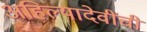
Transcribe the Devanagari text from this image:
अहिल्यादेवींची